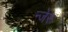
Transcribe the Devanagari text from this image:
न्जेरू